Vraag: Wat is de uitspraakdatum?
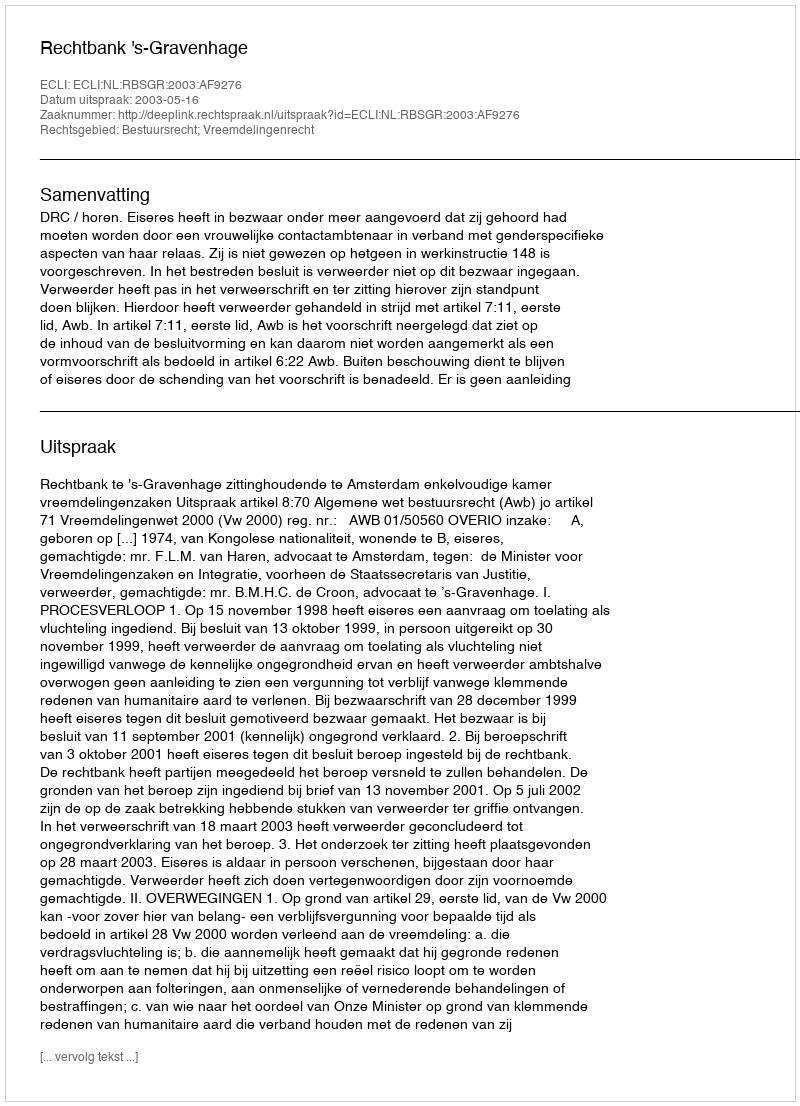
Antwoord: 2003-05-16